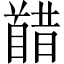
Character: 𫗸